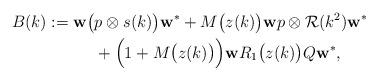
LaTeX: \begin{align*}B(k) := \textup{\textbf{w}} \big( & p \otimes s(k) \big) \textup{\textbf{w}}^{\ast} +M \big( z(k) \big) \textup{\textbf{w}} p \otimes \mathcal{R}(k^{2}) \textup{\textbf{w}}^{\ast} \\& + \Big( 1 + M \big( z(k) \big) \Big) \textup{\textbf{w}} R_{1} \big( z(k) \big) Q \textup{\textbf{w}}^{\ast},\end{align*}